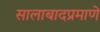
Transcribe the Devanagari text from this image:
सालाबादप्रमाणे